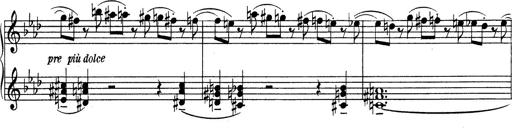
Title: Variationen Ã¼ber das Motiv von Bach
Composer: Franz Liszt